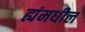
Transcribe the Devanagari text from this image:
ह्यंमधील